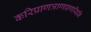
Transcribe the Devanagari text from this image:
करिप्राणत्राणप्रणयिनि